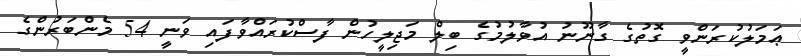
ޢަމަލުކުރަންވީ ގޮތުގެ ގާނޫނު އުވާލުމުގެ ބިލް މަޖިލީހުން ފާސްކުރައްވާފައި ވަނީ 54 މެންބަރުންގެ